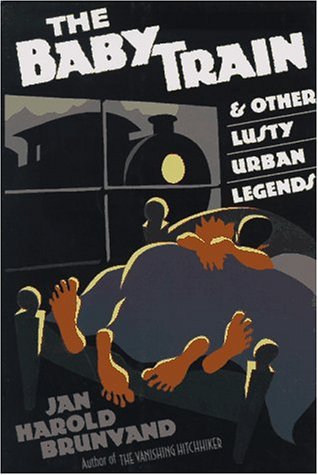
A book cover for The Baby Train: And Other Lusty Urban Legends; Jan Harold Brunvand; Humor & Entertainment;